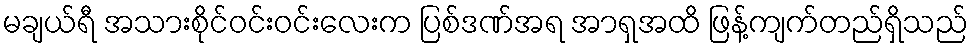
မချယ်ရီ အသားစိုင်ဝင်းဝင်းလေးက ပြစ်ဒဏ်အရ အာရှအထိ ဖြန့်ကျက်တည်ရှိသည်